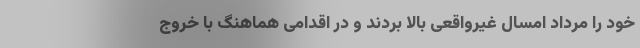
خود را مرداد امسال غیرواقعی بالا بردند و در اقدامی هماهنگ با خروج